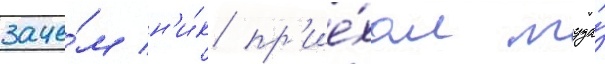
заче́м н'и́к пр'ие́хал туда́